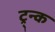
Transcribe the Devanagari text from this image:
ट्र्न्क